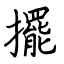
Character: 擺